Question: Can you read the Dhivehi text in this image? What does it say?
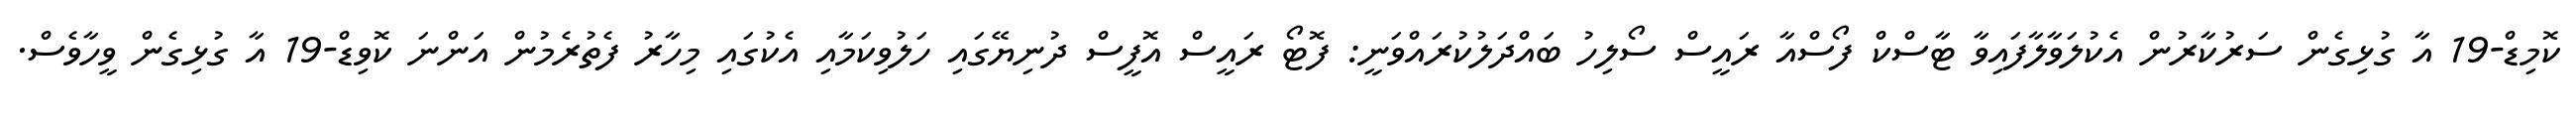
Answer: ކޮމިޑް-19 އާ ގުޅިގެން ސަރުކާރުން އެކުލަވާލާފައިވާ ޓާސްކް ފޯސްއާ ރައީސް ސޯލިހު ބައްދަލުކުރައްވަނީ: ފޮޓޯ ރައީސް އޮފީސް ދުނިޔޭގައި ހަލުވިކަމާއި އެކުގައި މިހާރު ފެތުރެމުން އަންނަ ކޮވިޑް-19 އާ ގުޅިގެން ވީހާވެސް.